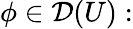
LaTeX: \phi\in{\mathcal{D}}(U):